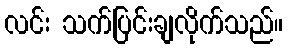
လင်း သက်ပြင်းချလိုက်သည်။